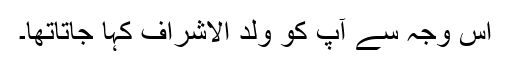
اس وجہ سے آپ کو ولد الاشراف کہا جاتاتھا۔